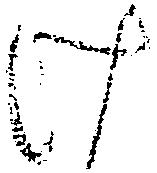
け